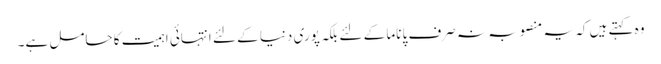
وہ کہتے ہیں کہ یہ منصوبہ نہ صرف پاناما کے لئے بلکہ پوری دنیا کے لئے انتہائی اہمیت کا حامل ہے۔